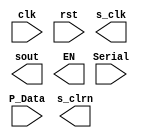
module  		  P2S(input wire clk,		//parallel to serial
						input wire rst,
						input wire Serial,
						input wire[DATA_BITS-1:0] P_Data,
						output reg  s_clk,
						output wire s_clrn,
						output wire sout,
						output reg  EN
						);
parameter
	DATA_BITS = 64,  							// data length
	DATA_COUNT_BITS = 6; 	
	
endmodule